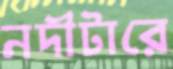
নদীটারে